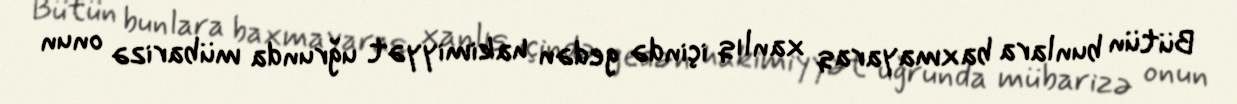
Bütün bunlara baxmayaraq xanlıq içində gedən hakimiyyət uğrunda mübarizə onun